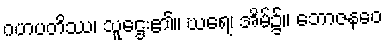
ဂဟပတိဿ၊ သူဌေး၏။ ဃရေ၊ အိမ်၌။ ဘောဇနဝေ